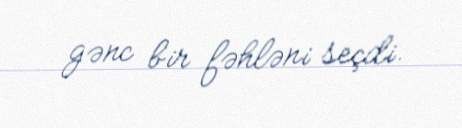
gənc bir fəhləni seçdi.